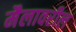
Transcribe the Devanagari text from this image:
मैलावरील